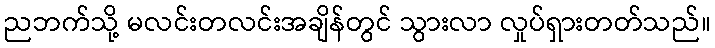
ညဘက်သို့ မလင်းတလင်းအချိန်တွင် သွားလာ လှုပ်ရှားတတ်သည်။